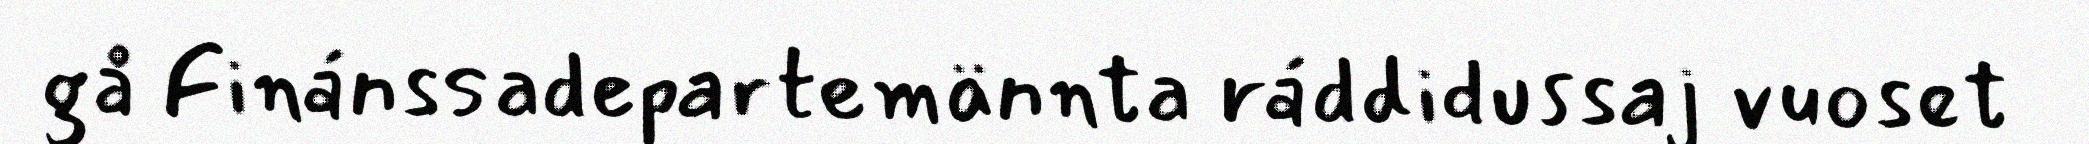
gå Finánssadepartemännta ráddidussaj vuoset